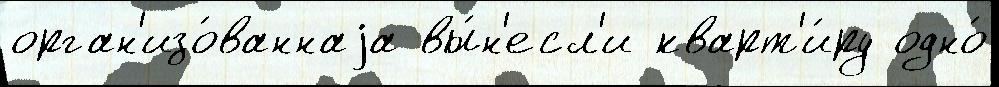
орган'изо́ваннаjа вы́н'есл'и кварт'и́ру одно́